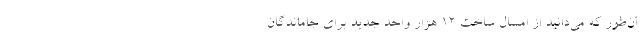
ان‌طور که می‌دانید از امسال ساخت 12 هزار واحد جدید برای جاماندگان